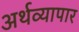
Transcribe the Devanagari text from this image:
अर्थव्यापार